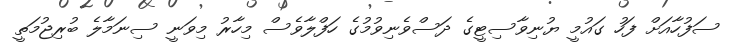
ސަފުހާއަށް ފަހު ގައުމީ ޔުނިވާސިޓީގެ ދަސްވެނިވުމުގެ ހަފްލާވެސް މިހާރު މިވަނީ ސިނަމާލެ ބުރިޖުމަތީ